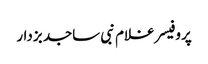
پروفیسر غلام نبی ساجد بزدار